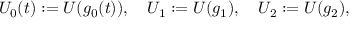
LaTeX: U _ { 0 } ( t ) : = U ( g _ { 0 } ( t ) ) , \quad U _ { 1 } : = U ( g _ { 1 } ) , \quad U _ { 2 } : = U ( g _ { 2 } ) ,